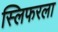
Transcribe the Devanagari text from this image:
स्लिफरला